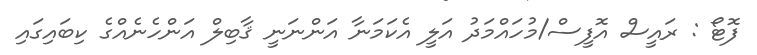
ފޮޓޯ : ރައީސް އޮފީސް/މުހައްމަދު އަލީ އެކަމަނާ އަންނަނީ ޤާބިލް އަންހެނެއްގެ ކިބައިގައި